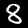
Label: 8